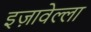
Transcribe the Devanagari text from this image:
इज़ावेल्ला